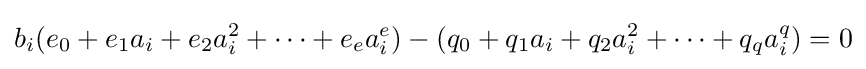
b_{i}(e_{0}+e_{1}a_{i}+e_{2}a_{i}^{2}+\cdots +e_{e}a_{i}^{e})-(q_{0}+q_{1}a_{i}+q_{2}a_{i}^{2}+\cdots +q_{q}a_{i}^{q})=0